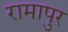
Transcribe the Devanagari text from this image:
रामापुर